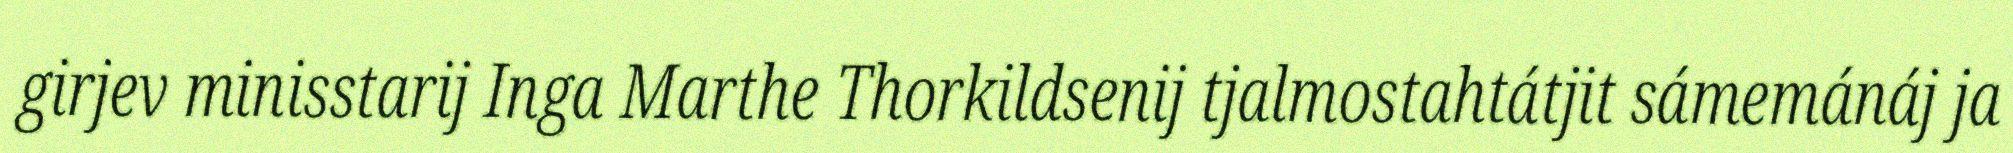
girjev minisstarij Inga Marthe Thorkildsenij tjalmostahtátjit sámemánáj ja